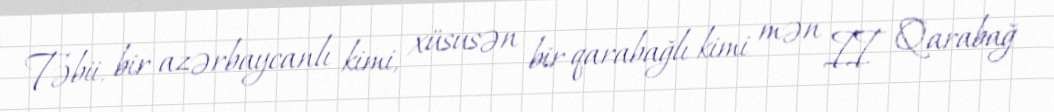
Təbii, bir azərbaycanlı kimi, xüsusən bir qarabağlı kimi mən II Qarabağ